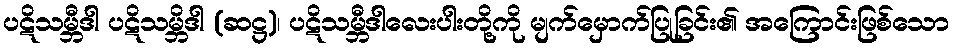
ပဋိသမ္ဘီဒါ ပဋိသမ္ဘိဒါ (ဆဋ္ဌ)၊ ပဋိသမ္ဘီဒါလေးပါးတို့ကို မျက်မှောက်ပြုခြင်း၏ အကြောင်းဖြစ်သော